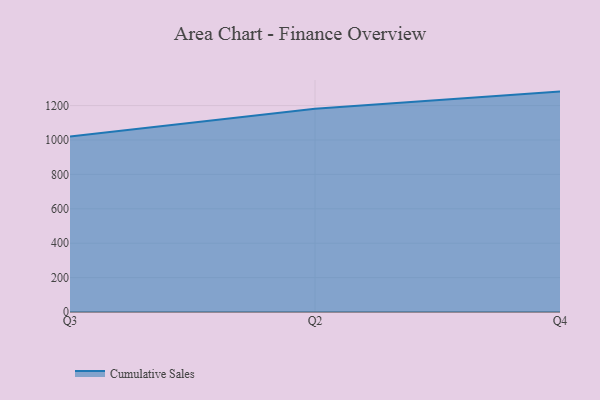
{"axis": {"x": "Quarter", "y": "Active Users"}, "legend": ["Cumulative Sales"], "data": [{"x": "Q3", "y": 1019.7, "type": "Cumulative Sales"}, {"x": "Q2", "y": 1181.2, "type": "Cumulative Sales"}, {"x": "Q4", "y": 1281.3, "type": "Cumulative Sales"}]}